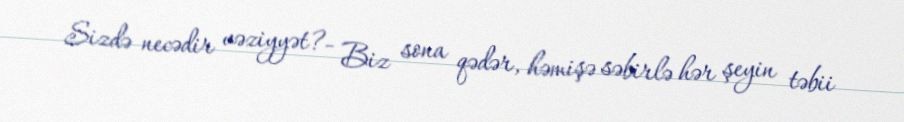
Sizdə necədir vəziyyət?- Biz sona qədər, həmişə səbirlə hər şeyin təbii